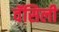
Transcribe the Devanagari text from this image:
वॅसिली